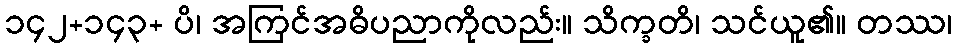
၁၄၂+၁၄၃+ ပိ၊ အကြင်အဓိပညာကိုလည်း။ သိက္ခတိ၊ သင်ယူ၏။ တဿ၊